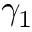
\gamma _ { 1 }